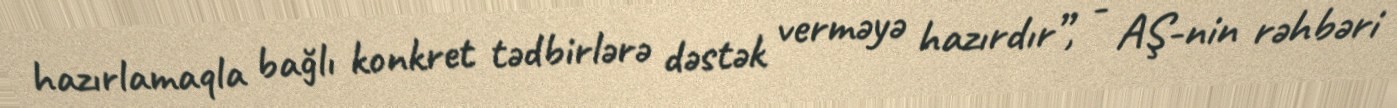
hazırlamaqla bağlı konkret tədbirlərə dəstək verməyə hazırdır”, - AŞ-nin rəhbəri